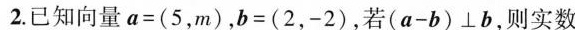
2.已知向量$$a = ( 5 , m )$$,$$b = ( 2 , - 2 )$$,若$$( a - b ) \bot b$$,则实数